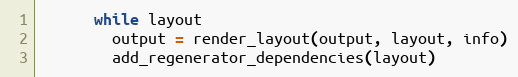
Language: Ruby
      while layout
        output = render_layout(output, layout, info)
        add_regenerator_dependencies(layout)